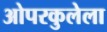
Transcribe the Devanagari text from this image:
ओपरकुलेला